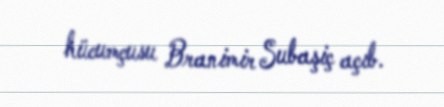
hücumçusu Branimir Subaşiç açıb.